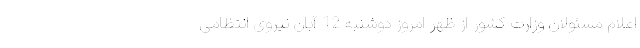
اعلام مسئولان وزارت کشور از ظهر امروز دوشنبه 12 آبان نیروی انتظامی